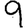
Digit: 9